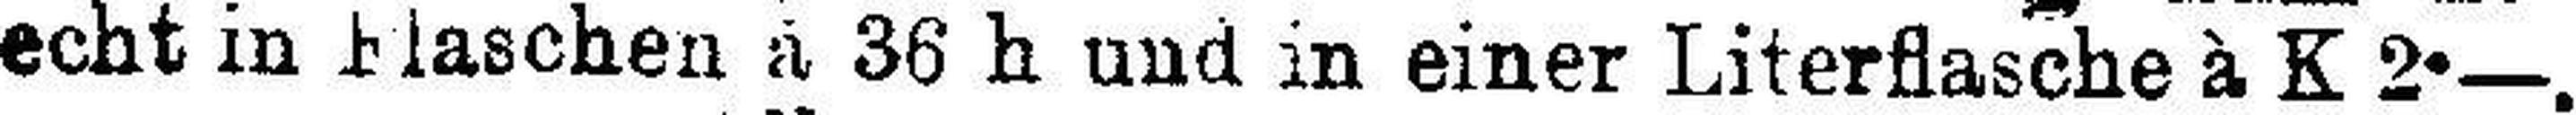
echt in Flaschen à 36 h und in einer Literflasche à K 2•—.